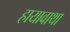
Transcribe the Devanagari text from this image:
हायावाथा